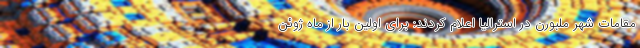
مقامات شهر ملبورن در استرالیا اعلام کردند: برای اولین بار از ماه ژوئن